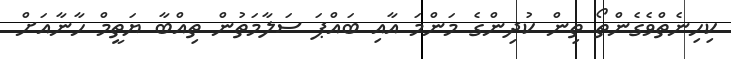
ކިހިނެތްވެގެންތޯ ތިން ކުދިންގެ މަންމަ އާއި ބައްޕަ ސަލާމަތުން ތިއްބާ ޔަތީމް ހާނާއަށް